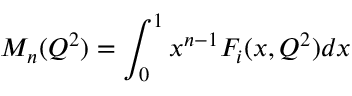
M _ { n } ( Q ^ { 2 } ) = \int _ { 0 } ^ { 1 } x ^ { n - 1 } F _ { i } ( x , Q ^ { 2 } ) d x